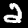
Digit: 2